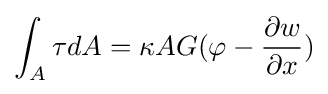
\int _{A}\tau dA=\kappa AG(\varphi -{\frac {\partial w}{\partial x}})